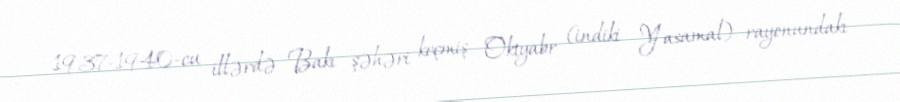
1937-1940-cu illərdə Bakı şəhəri keçmiş Oktyabr (indiki Yasamal) rayonundakı